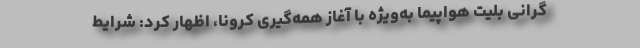
گرانی بلیت هواپیما به‌ویژه با آغاز همه‌گیری کرونا، اظهار کرد: شرایط